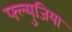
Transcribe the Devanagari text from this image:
फ्ल्युजिया